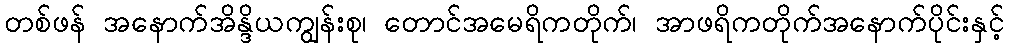
တစ်ဖန် အနောက်အိန္ဒိယကျွန်းစု၊ တောင်အမေရိကတိုက်၊ အာဖရိကတိုက်အနောက်ပိုင်းနှင့်